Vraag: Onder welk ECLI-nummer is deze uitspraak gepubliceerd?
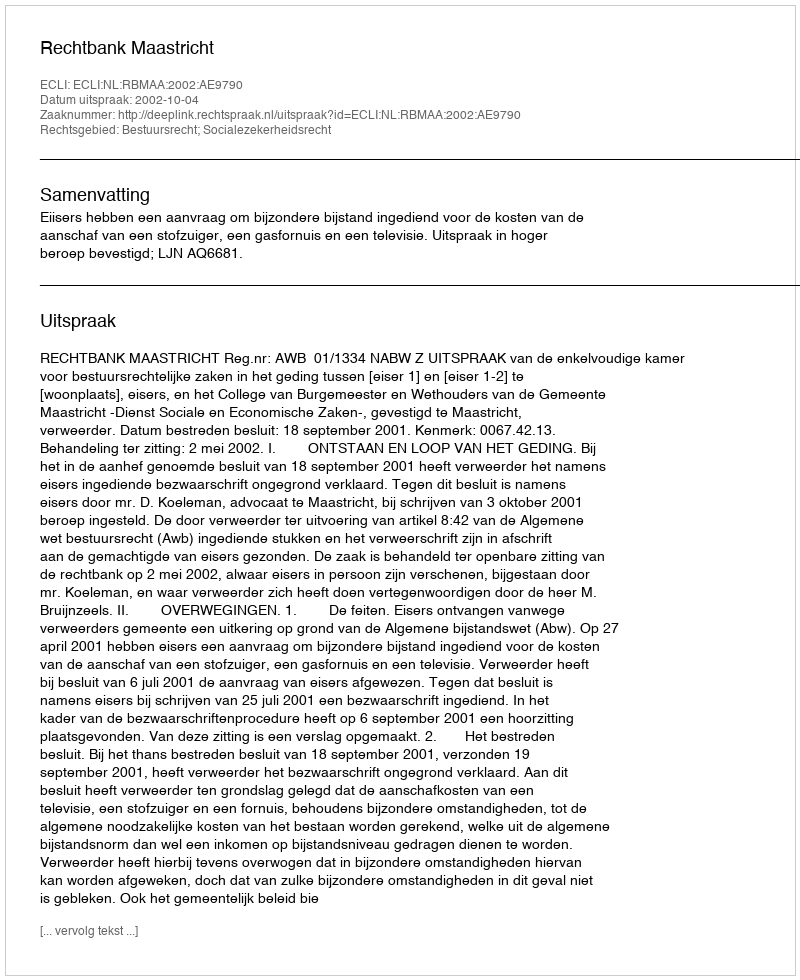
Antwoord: ECLI:NL:RBMAA:2002:AE9790